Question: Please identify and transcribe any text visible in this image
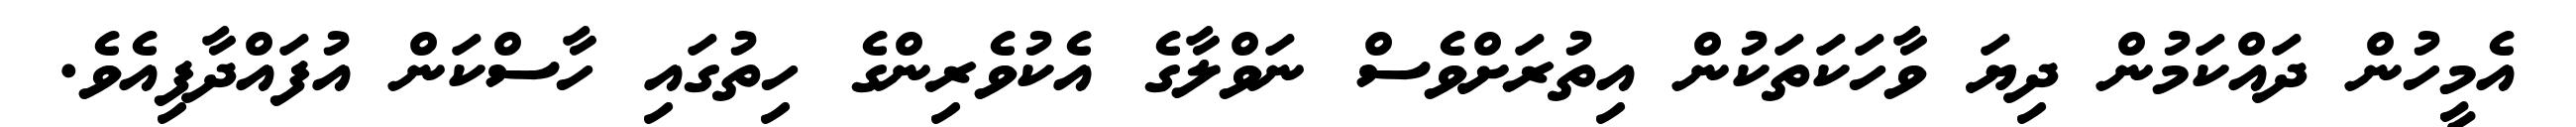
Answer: އެމީހުން ދައްކަމުން ދިޔަ ވާހަކަތަކުން އިތުރަށްވެސް ނަވްލާގެ އެކުވެރިންގެ ހިތުގައި ހާސްކަން އުފައްދާފިއެވެ.